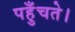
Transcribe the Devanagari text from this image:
पहुँचते।